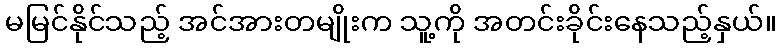
မမြင်နိုင်သည့် အင်အားတမျိုးက သူ့ကို အတင်းခိုင်းနေသည့်နှယ်။